Vaccination in Bombay 1869-1873 - 1869-1873
Year: 1869
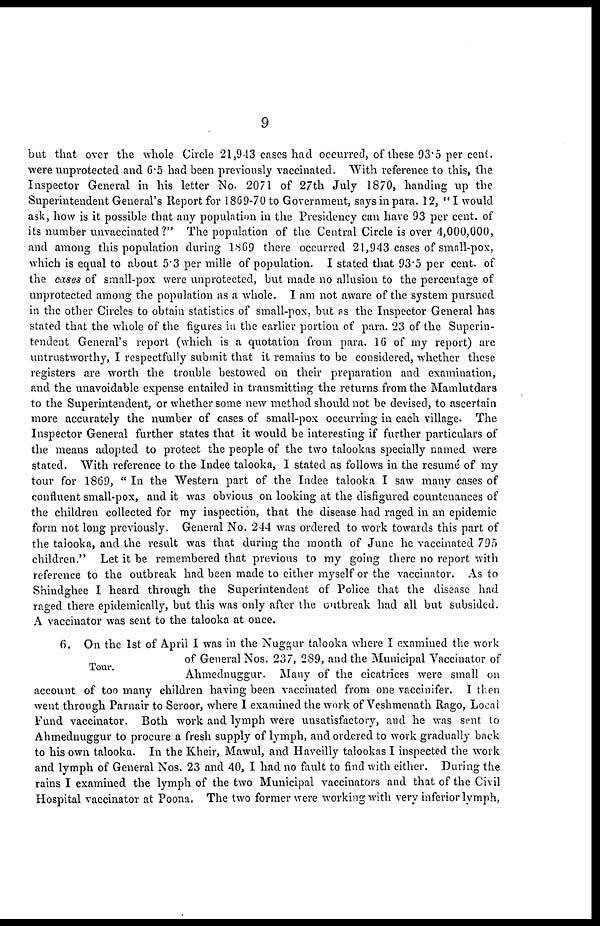
9
but that over the whole Circle 21,943 cases had occurred, of these 93.5 per cent.
were unprotected and 6.5 had been previously vaccinated. With reference to this, the
Inspector General in his letter No- 2071 of 27th July 1870, handing up the
Superintendent General's Report for 1869-70 to Government, says in para. 12, "I would
ask, how is it possible that any population in the Presidency can have 93 per cent. of
its number unvaccinated ?" The population of the Central Circle is over 4,000,000,
and among this population during 1869 there occurred 21,943 cases of small-pox,
which is equal to about 5.3 per mille of population. I stated that 93.5 per cent. of
the cases of small-pox were unprotected, but made no allusion to the percentage of
unprotected among the population as a whole. I am not aware of the system pursued
in the other Circles to obtain statistics of small-pox, but as the Inspector General has
stated that the whole of the figures in the earlier portion of para. 23 of the Superin-
tendent General's report (which is a quotation from para. 16 of my report) are
untrustworthy, I respectfully submit that it remains to be considered, whether these
registers are worth the trouble bestowed on their preparation and examination,
and the unavoidable expense entailed in transmitting the returns from the Mamlutdars
to the Superintendent, or whether some new method should not be devised, to ascertain
more accurately the number of cases of small-pox occurring in each village. The
Inspector General further states that it would be interesting if further particulars of
the means adopted to protect the people of the two talookas specially named were
stated. With reference to the Indee talooka, I stated as follows in the resumé of my
tour for 1869, " In the Western part of the Indee talooka I saw many cases of
confluent small-pox, and it was obvious on looking at the disfigured countenances of
the children collected for my inspection, that the disease had raged in an epidemic
form not long previously. General No. 244 was ordered to work towards this part of
the talooka, and the result was that during the month of June he vaccinated 795
children." Let it be remembered that previous to my going there no report with
reference to the outbreak had been made to either myself or the vaccinator. As to
Shindghee I heard through the Superintendent of Police that the disease had
raged there epidemically, but this was only after the outbreak had all but subsided.
A vaccinator was sent to the talooka at once.
Tour.
6. On the 1st of April I was in the Nuggur talooka where I examined the work
of General Nos. 237, 289, and the Municipal Vaccinator of
Ahmednuggur. Many of the cicatrices were small on
account of too many children having been vaccinated from one vaccinifer. I then
went through Parnair to Seroor, where I examined the work of Veshmenath Rago, Local
Fund vaccinator. Both work and lymph were unsatisfactory, and he was sent to
Ahmednuggur to procure a fresh supply of lymph, and ordered to work gradually back
to his own talooka. In the Kheir, Mawul, and Haveilly talookas I inspected the work
and lymph of General Nos. 23 and 40, I had no fault to find with either. During the
rains I examined the lymph of the two Municipal vaccinators and that of the Civil
Hospital vaccinator at Poona. The two former were working with very inferior lymph,